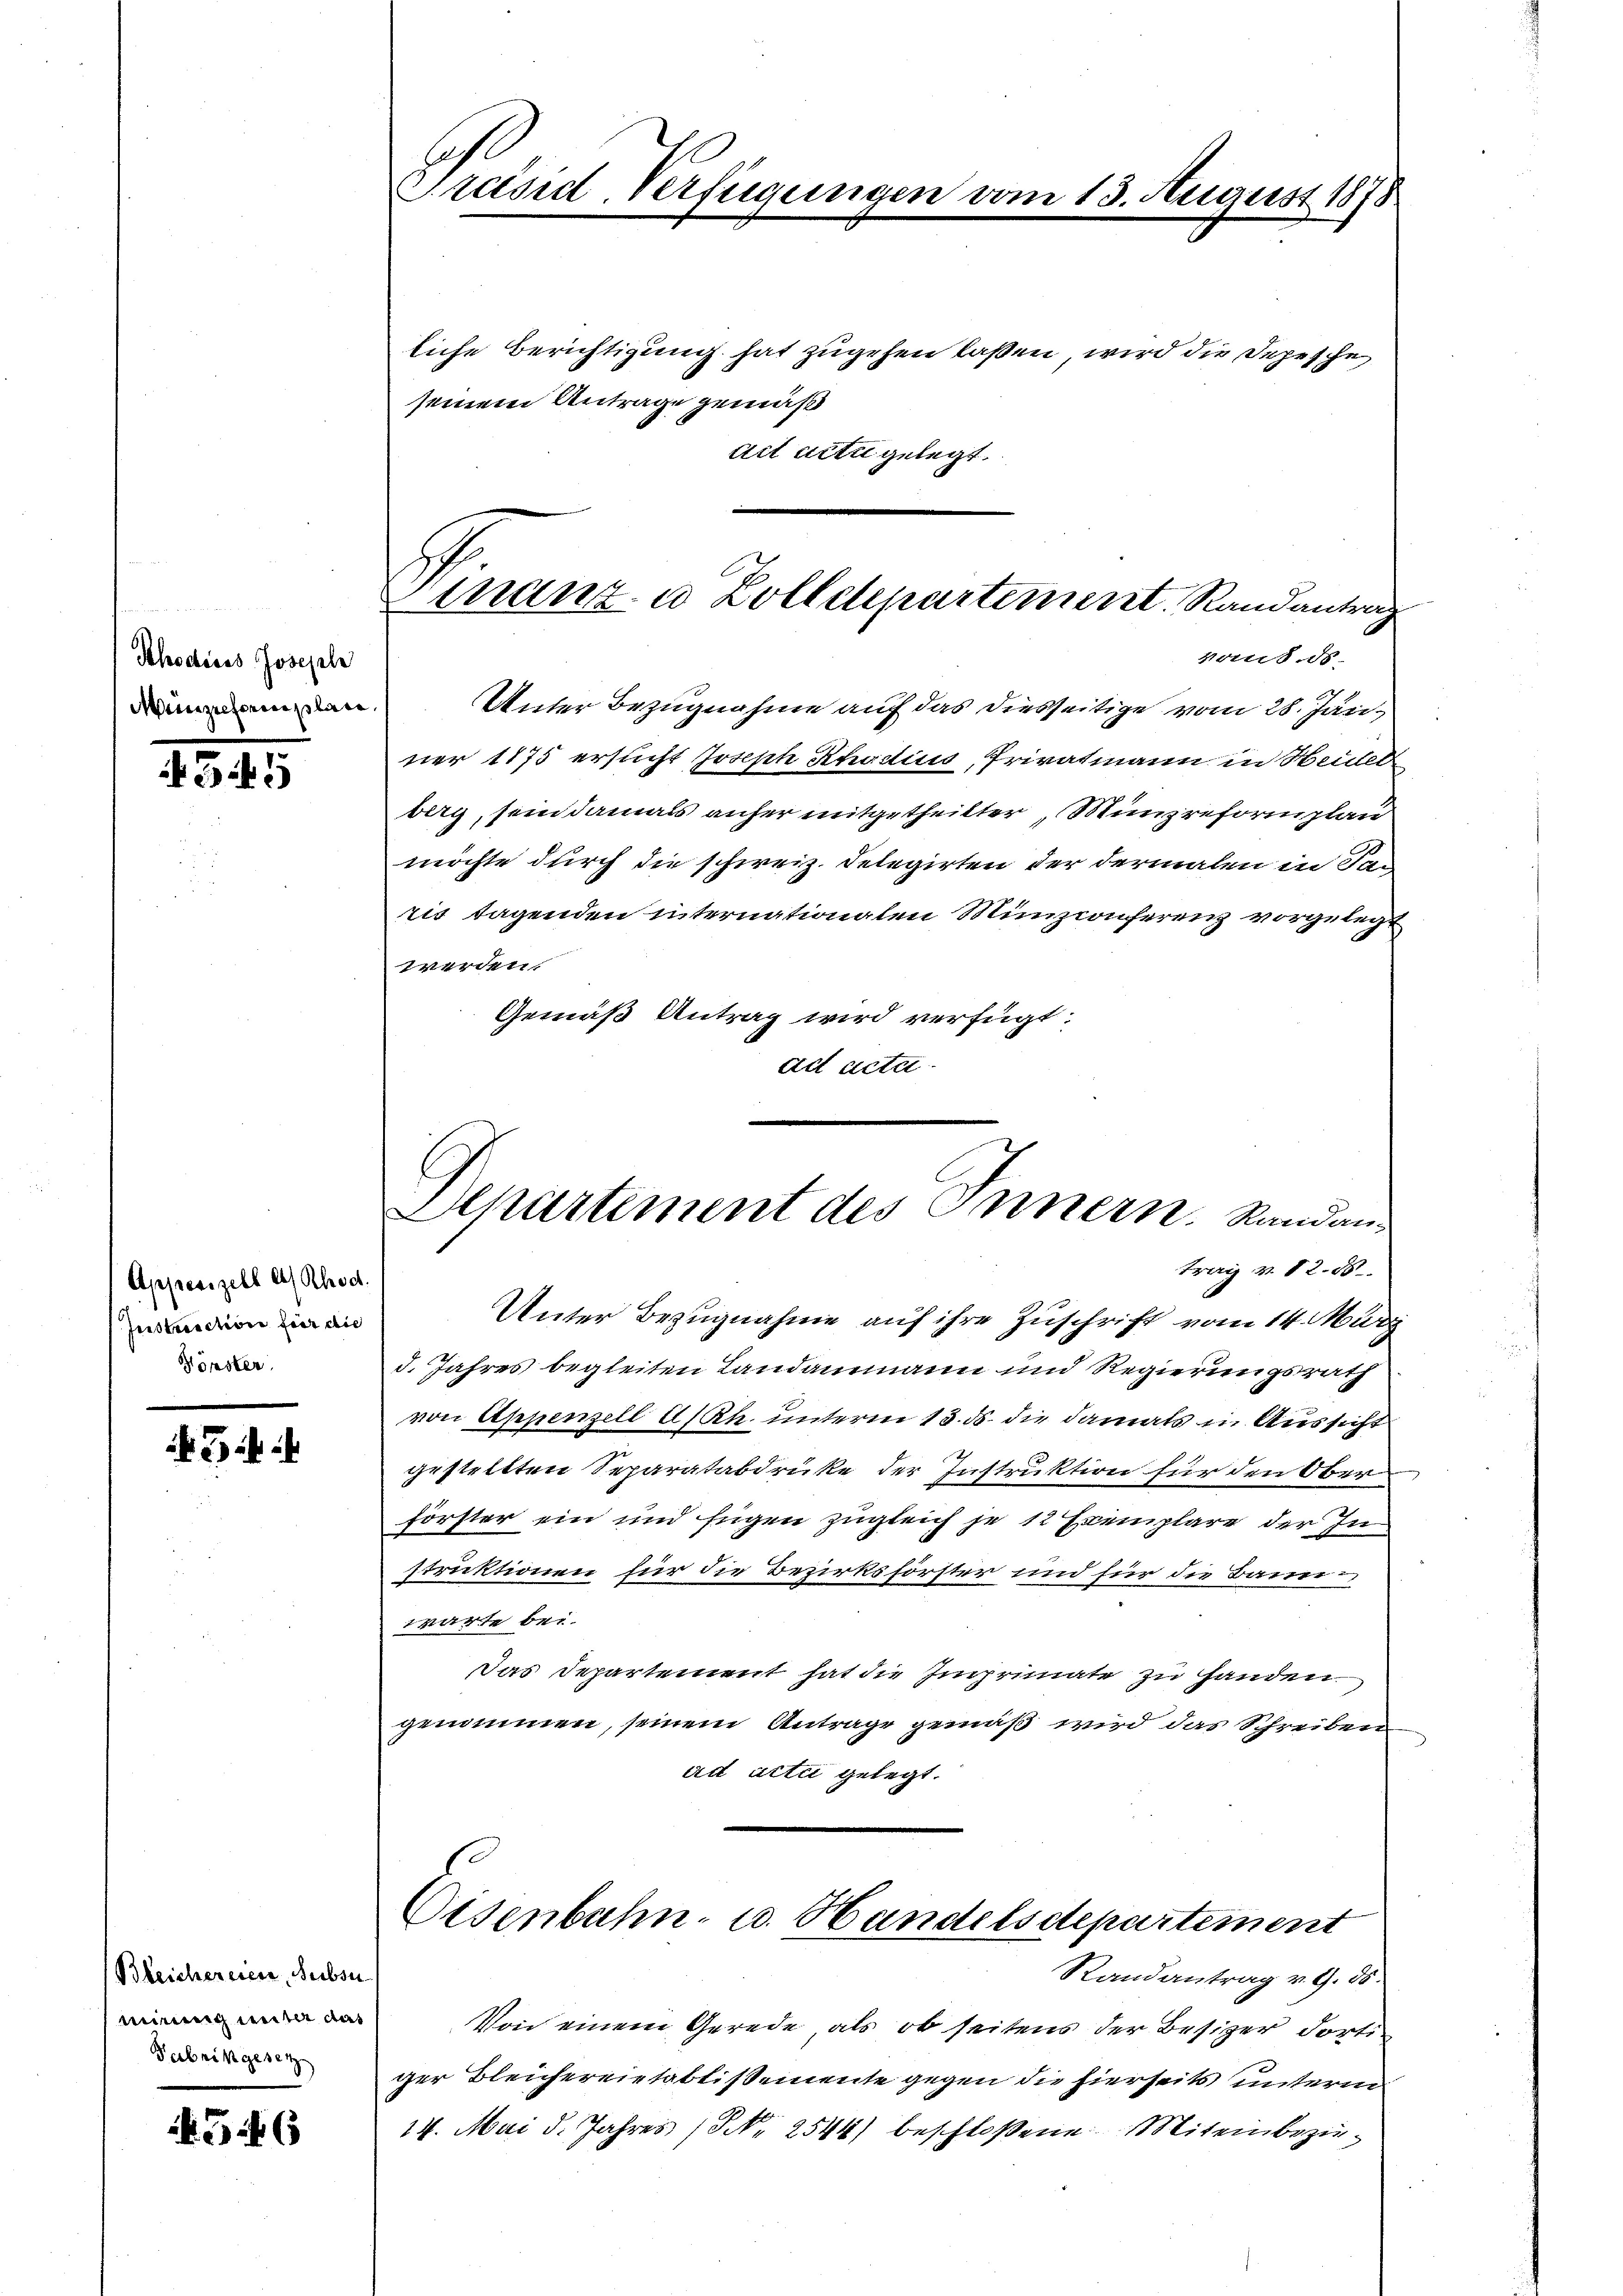
Schodiens Josephi
Minischeinplane,

4345

Appesizell A. Rhod.
Instruction für die
Könster

34

(Bleichereien, Subsu
mirung weiter das
Fabrikgesetz

546

Präsid. Verfügungen vom 13. August 1878

Finanz- u Zolldepartement. Randantrag
gand de
Unter Bezugnahme auf das diesseitige vom 28. Jän

liche Berichtigung hat zugehen laßen, wird die Depesche
seinem Antrage gemäß
ail acte gelegt.
ner 1175 ersucht Joseph Radius, Privatmann in Heider
berg, sein damals anher mitgetheilter, Münzreformplan
möchte durch die schweiz. Delegirten der dermalen in Taris tagenden internationalen Münzionferenz vorgelegt
werden.
Gemäß Antrag wird verfügt:
ad acta

l
Departement des Innern. Randantrag v. 12. 58

Unter Bezugnahme auf ihre Zuschrift vom 14. März
d. Jahres begleiten Landammann und Regierungsrath
von Appenzell A/Rh. unterm 13. ds. die damals in Aussicht
gestellten Separatabdrüke der Instruktion für den Ober
förster ein und fügen zugleich je 12 Exemplare der In
struktionen für die Bezirksförster und für die Bauer
warte bei.
Das Departement hat die Imprimate zu handen
genommen, seinem Antrage gemäß wird das Schreiben
ad acti gelegt.
Osenbahn- u. Handelsdepartement
Randantrag v. 9. 58.
Von einem Gerede als ob seitens der Besizer dortiger Bleichereitablißemente gegen die hierseits unterm
14. Mai d. Jahres (S. 2544) beschloßene Miteinbezu¬